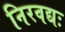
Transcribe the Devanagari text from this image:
निरवद्यः